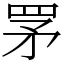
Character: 罞